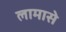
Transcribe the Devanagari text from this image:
लामासे